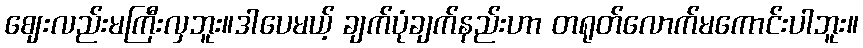
ဈေးလည်းမကြီးလှဘူး။ဒါပေမယ့် ချက်ပုံချက်နည်းဟာ တရုတ်လောက်မကောင်းပါဘူး။